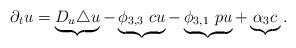
LaTeX: \begin{align*}\partial_t u = \underbrace{D_u \triangle u}_{} - \underbrace{\phi_{3,3}~cu}_{} - \underbrace{\phi_{3,1}~pu}_{} +\underbrace{\alpha_3 c}_{}.\end{align*}